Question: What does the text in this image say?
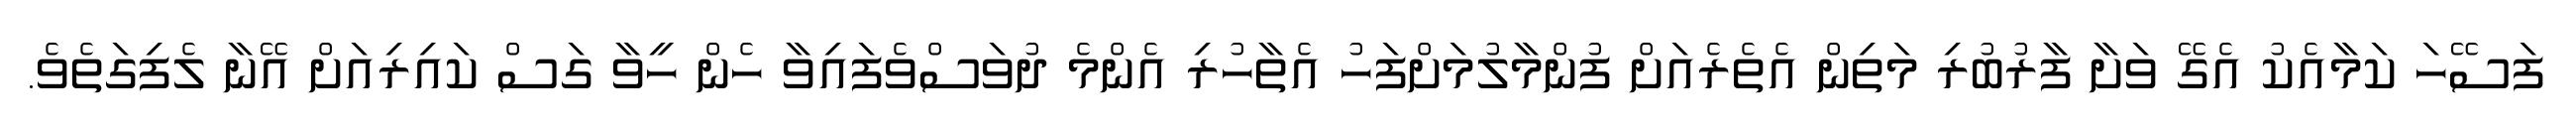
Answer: ފަސޭހަ ކަމާއެކު އެގޭ ވަށާ ފާރުބުރި މަތިން އެތެރެއަށް ފުންމާލުމަށްފަހު އެތާހުރި އެންމެ ދުވަސްވެފައިވާ ހެން ހީވާ ގަސް ކައިރިއަށް އޭނާ ލެފިގަތެވެ.